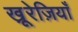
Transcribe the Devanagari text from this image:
खू़रेज़ियाँ